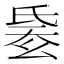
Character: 𣱋